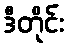
ဒီတိုင်း